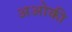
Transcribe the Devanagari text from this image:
अओकी